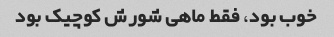
خوب بود، فقط ماهی شورش کوچیک بود